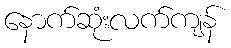
နောက်ဆုံးလက်ကျန်